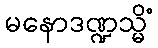
မနောဒဏ္ဍသ္မိံ